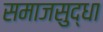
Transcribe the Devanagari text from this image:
समाजसुद्धा